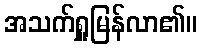
အသက်ရှူမြန်လာ၏။